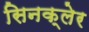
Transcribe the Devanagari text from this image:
सिनक्लेर